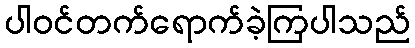
ပါဝင်တက်ရောက်ခဲ့ကြပါသည်